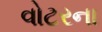
વોટરના